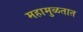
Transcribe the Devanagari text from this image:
महामुळतात